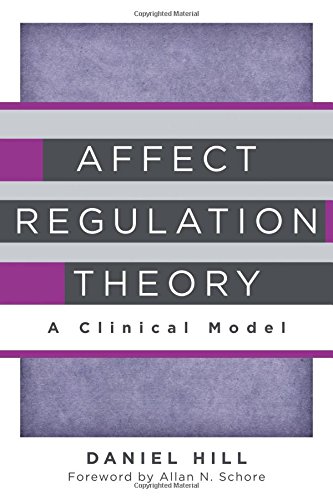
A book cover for Affect Regulation Theory: A Clinical Model (Norton Series on Interpersonal Neurobiology); Daniel Hill; Medical Books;